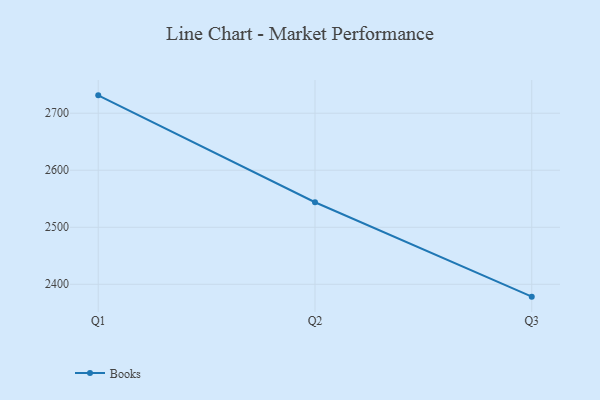
{"axis": {"x": "Quarter", "y": "Population (Million)"}, "legend": ["Books"], "data": [{"x": "Q1", "y": 2731.4, "type": "Books"}, {"x": "Q2", "y": 2543.9, "type": "Books"}, {"x": "Q3", "y": 2378.3, "type": "Books"}]}